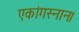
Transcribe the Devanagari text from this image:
एकांगस्नान।